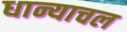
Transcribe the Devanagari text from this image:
धान्याचल